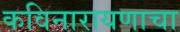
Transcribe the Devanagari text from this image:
कविनारायणाचा